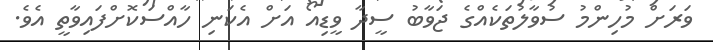
ވަރަށް މުހިންމު ސުވާލުތަކެއްގެ ޖަވާބު ސީދާ ވީޑިއޯ އަށް އެކަނި ހާއްސަކޮށްފައިވާތީ އެވެ.